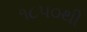
૧૮૫૦થી